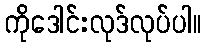
ကိုဒေါင်းလုဒ်လုပ်ပါ။